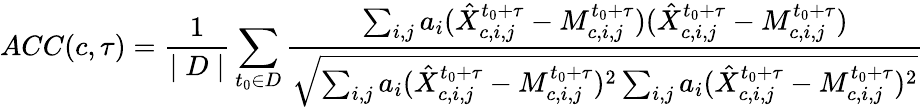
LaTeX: ACC(c,\tau)=\frac{1}{\mid D\mid}\sum_{t_{0}\in D}\frac{\sum_{i,j}a_{i}(\hat{X}_{c,i,j}^{t_{0}+\tau}-M_{c,i,j}^{t_{0}+\tau})(\hat{X}_{c,i,j}^{t_{0}+\tau}-M_{c,i,j}^{t_{0}+\tau})}{\sqrt{\sum_{i,j}a_{i}(\hat{X}_{c,i,j}^{t_{0}+\tau}-M_{c,i,j}^{t_{0}+\tau})^{2}\sum_{i,j}a_{i}(\hat{X}_{c,i,j}^{t_{0}+\tau}-M_{c,i,j}^{t_{0}+\tau})^{2}}}